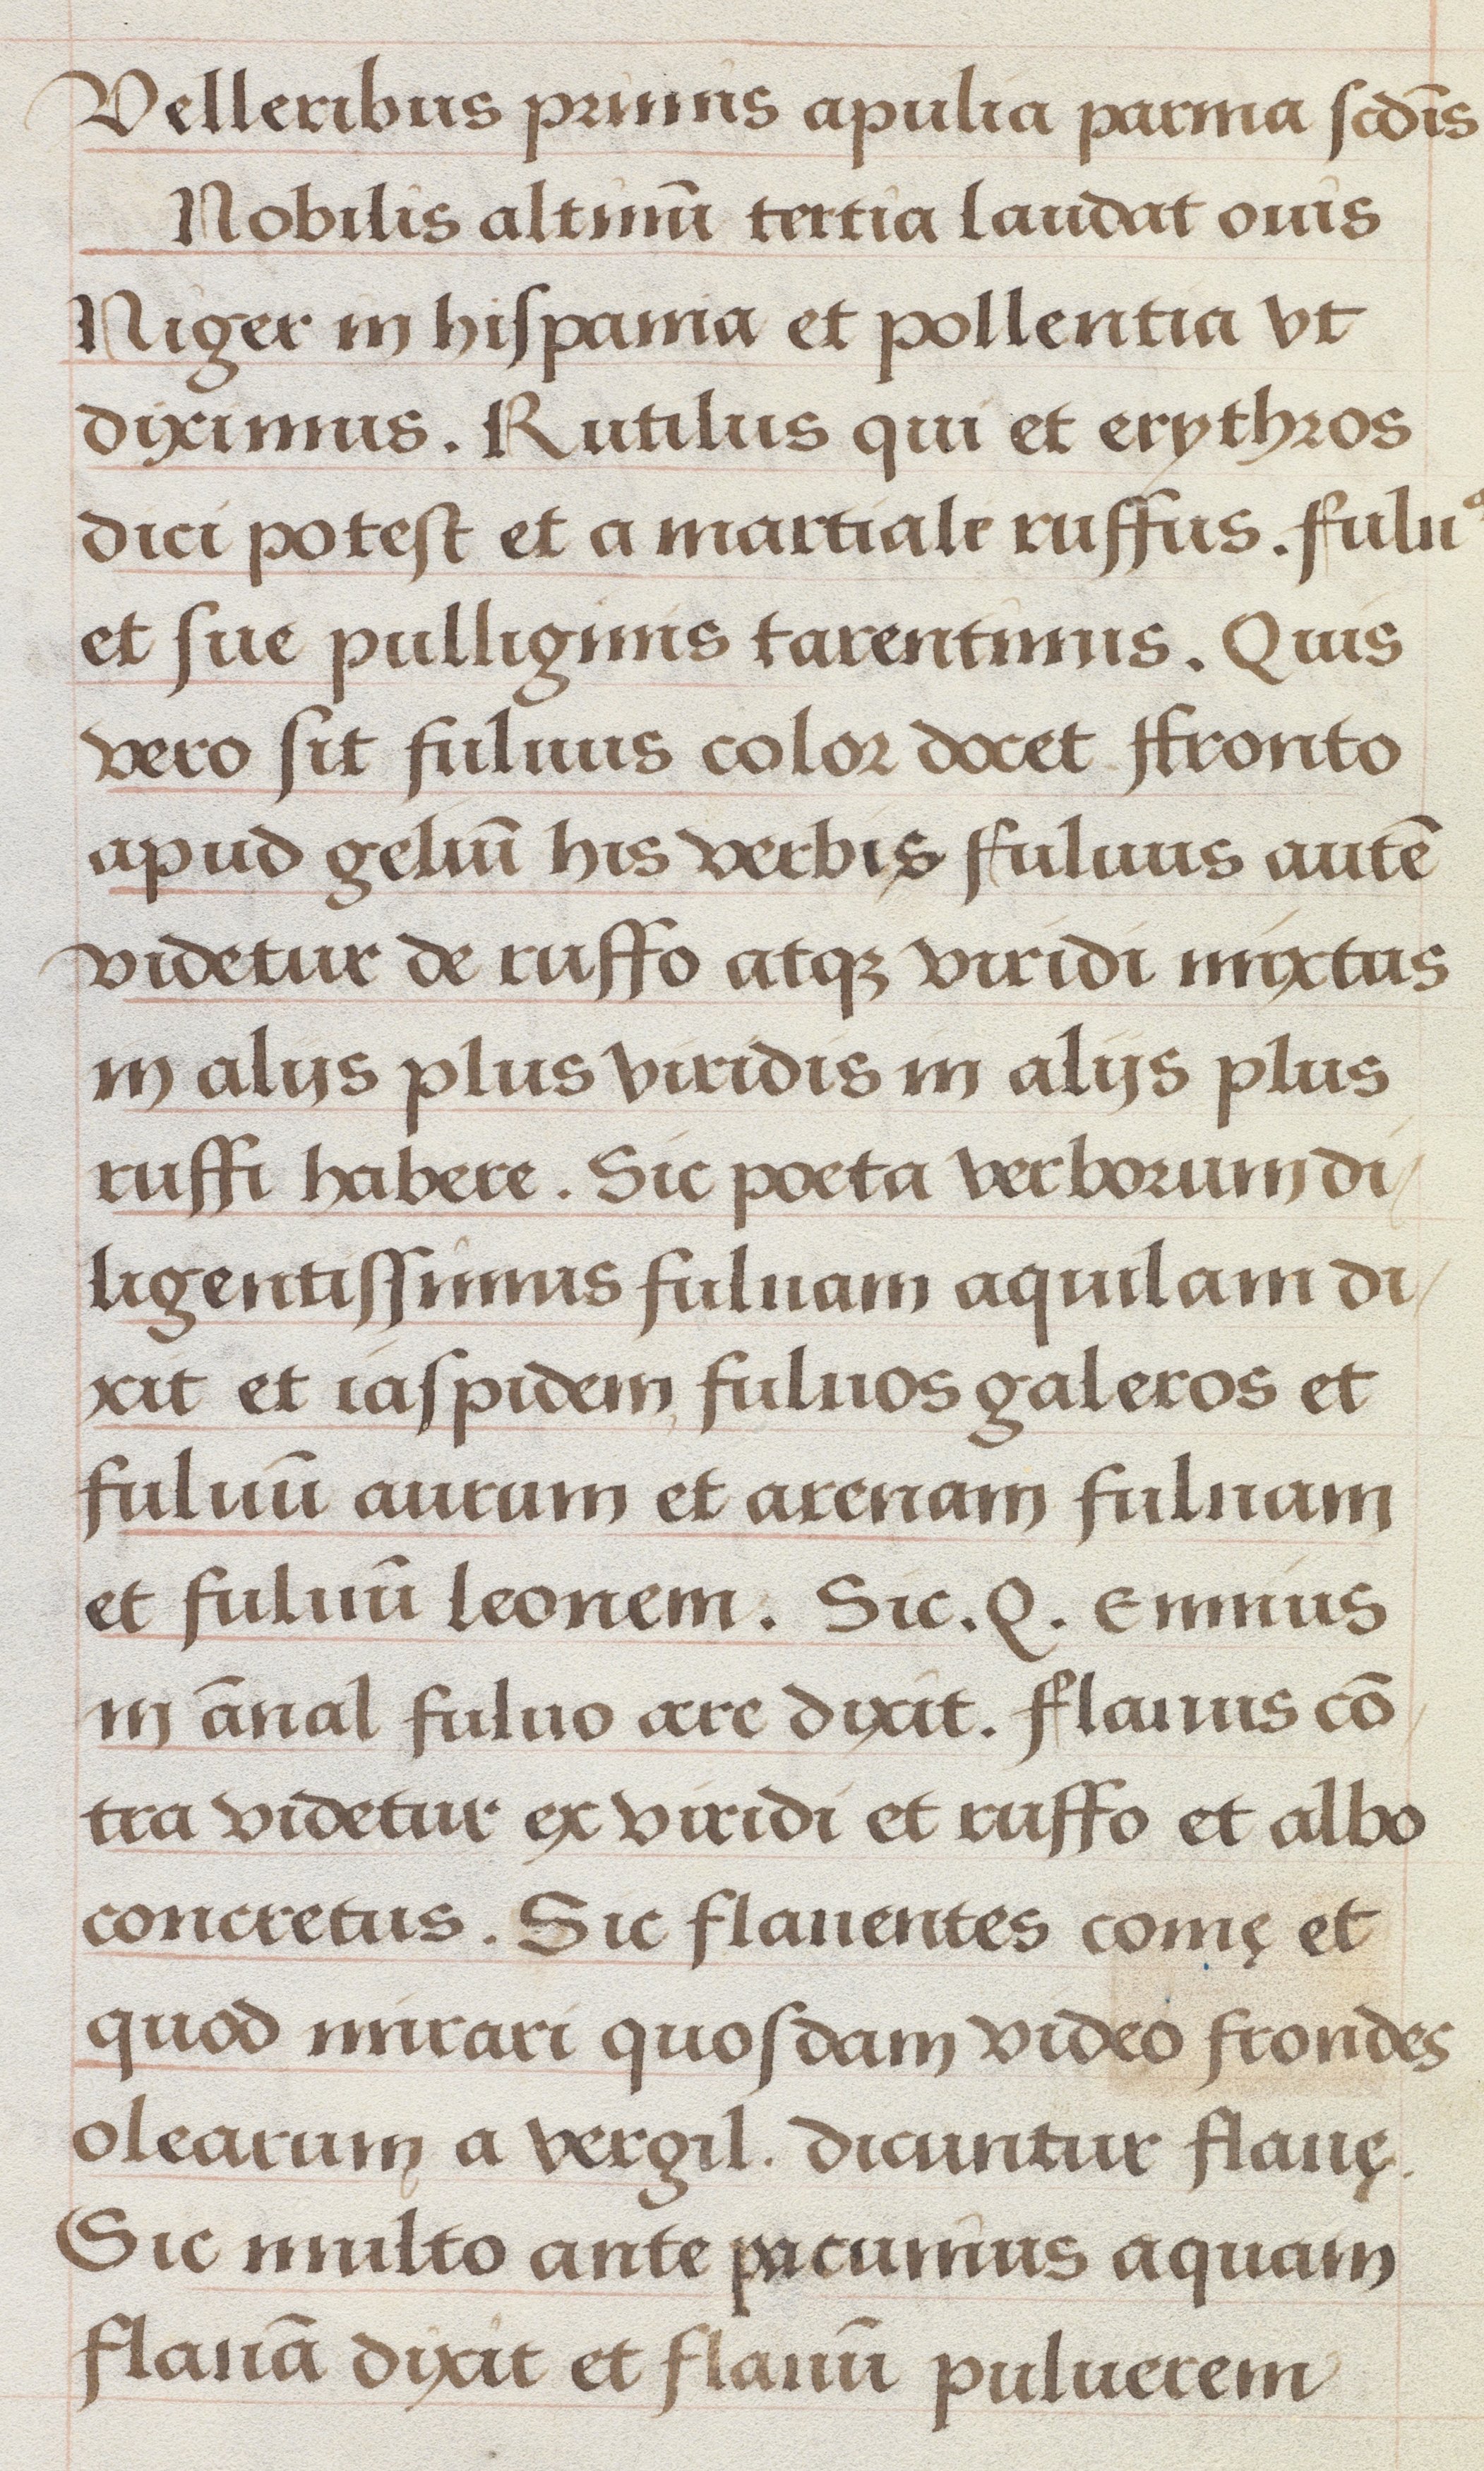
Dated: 1500–1549